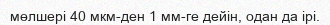
мөлшері 40 мкм-ден 1 мм-ге дейін, одан да ірі.